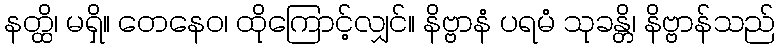
နတ္ထိ၊ မရှိ။ တေနေဝ၊ ထိုကြောင့်လျှင်။ နိဗ္ဗာနံ ပရမံ သုခန္တိ၊ နိဗ္ဗာန်သည်